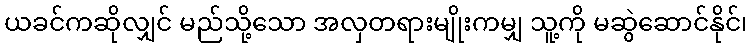
ယခင်ကဆိုလျှင် မည်သို့သော အလှတရားမျိုးကမျှ သူ့ကို မဆွဲဆောင်နိုင်၊